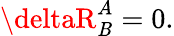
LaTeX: \deltaR_{\mathit{B}}^{A}=0.